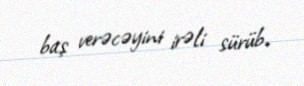
baş verəcəyini irəli sürüb.